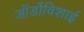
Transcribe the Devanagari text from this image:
ऑर्डोविशाई